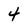
Character: 4